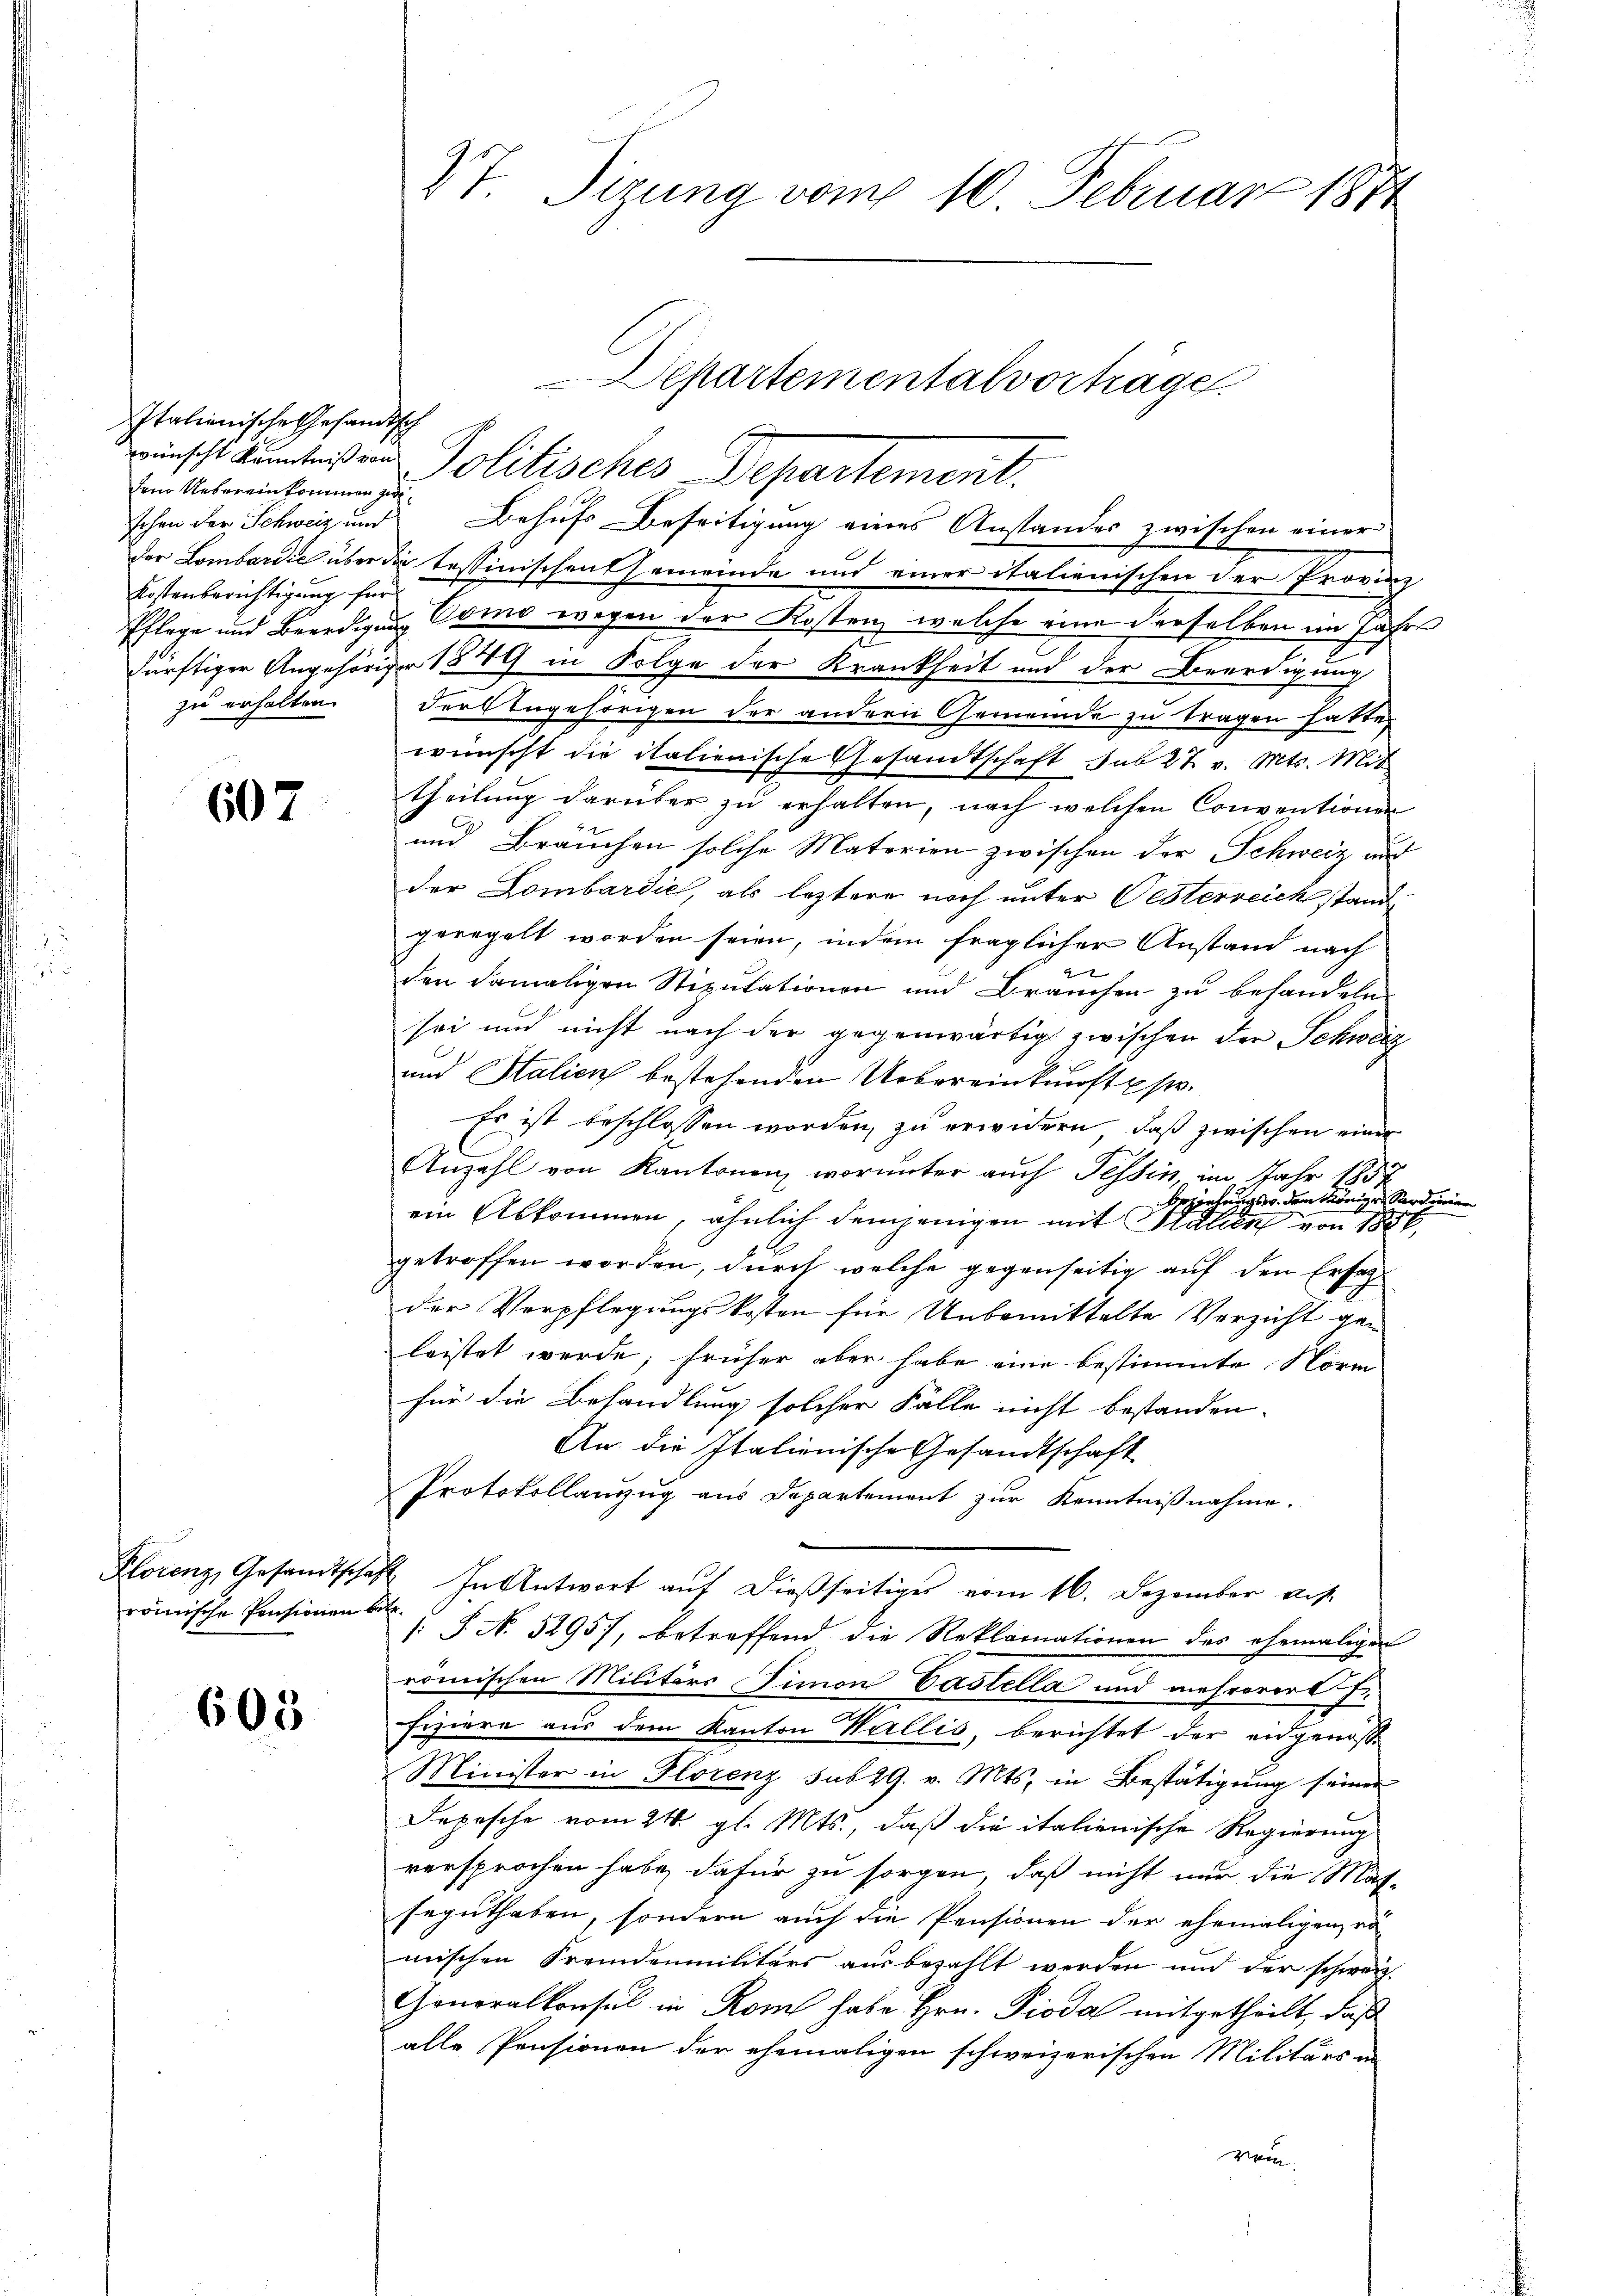
Italienische Gesandtsch
dem Uebereinkommen zu
Kostenberichtigung für
zu erhalten.

607

römische Pensionen b

605

Vt. Sizung vom 10. Februar 1874

Pflege und Beerdigung Como wegen der Kostenz welche eine derselben im Jahrs
e
ürftiger Angehöriger 1849 in Folge der Krankheit und der Beerdigung
der Ungehörigen der andern Gemeinde zu tragen hatte,
wünscht die italienische Gesandtschaft sub 27. v. Mts. Mit
theilung darüber zu erhalten, nach welchen Conventionen
und Bräuchen solche Materien zwischen der Schweiz und
der Lombardich, als leztere noch unter Oesterreichstand
geregelt worden seien, indem fraglicher Anstand nach
den damaligen Stipulationen und Bräuchen zu behandeln,
sei und nicht nach der gegenwärtig zwischen der Schweiz
und Halien bestehenden Uebereinkunft u s.
Es ist beschlossen worden, zu erwidern, daß zwischen einer
Anzahl von Kantonen worunter auch Tessin, im Jahr 1857
Geziehungs. dem Könige Sardinien
ein Abkommen, ähnlich demjenigen mit Statten von 1856,
getroffen worden, durch welche gegenseitig auf den Ersatz
der Verpflegungskosten für Unbemittelte Verzicht gen
leistet werde, früher aber habe eine bestimmte Norm
für die Behandlung solcher Fälle nicht bestanden.
An die Italienische Gesandtschaft
Protokollanzug aus Departement zur Kenntnißnahme.
Klorenz, Gesandtschaft. In Antwort auf dießseitiges vom 16. Dezember aus.
sehe
1: P. N. 52957, betreffend die Reklamationen des ehemaligen
römischen Militärs Simon Castella und mehrerer E
fiziere aus dem Kanton Wallis, berichtet der eidgenosse
Minister in Florenz sub 29. v. Mts. in Bestätigung seiner
Depesche vom 24. gl. Mts., daß die italienische Regierung
versprochen habe, dafür zu sorgen, daß nicht nur die Mas-
seguthaben, sondern auch die Pensionen der ehemaligen rö-
mischen Fremdenmilitärs ausbezahlt werden und der schweiz.
Gonoralkonsul in Rom, habe Hrn. Pioda mitgetheilt, daß
alle Pensionen der ehemaligen schweizerischen Militärs in
ve.

Departementalvorträge.
wünscht kanteien Politisches Departement.
schen der Schweiz und Behufs Beseitigung eines Anstandes zwischen einer
der Lombardić über die Tessinischen Gemeinde und einer italienischen der Provinz